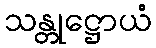
သန္တုဋ္ဌောယံ